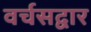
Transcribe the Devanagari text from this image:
वर्चसद्वार